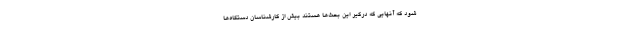
شود که آنهایی که درگیر این بحث‌ها هستند بیش از کارشناسان دستگاه‌ها